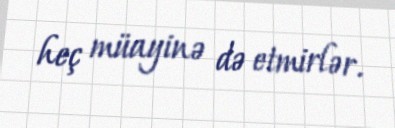
heç müayinə də etmirlər.